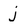
Character: j